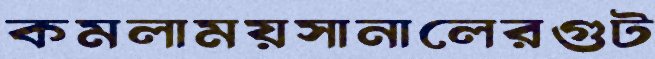
কমলাময়সানালেরগুট